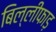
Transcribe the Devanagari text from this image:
बिल्लीफाड़